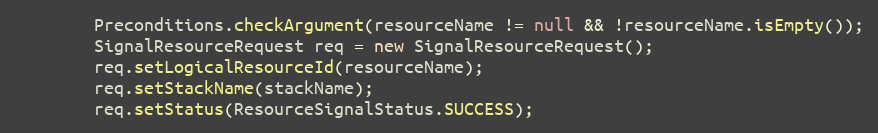
Language: Java
        Preconditions.checkArgument(resourceName != null && !resourceName.isEmpty());
        SignalResourceRequest req = new SignalResourceRequest();
        req.setLogicalResourceId(resourceName);
        req.setStackName(stackName);
        req.setStatus(ResourceSignalStatus.SUCCESS);